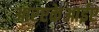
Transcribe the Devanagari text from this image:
आरएकेआईए